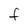
Character: F